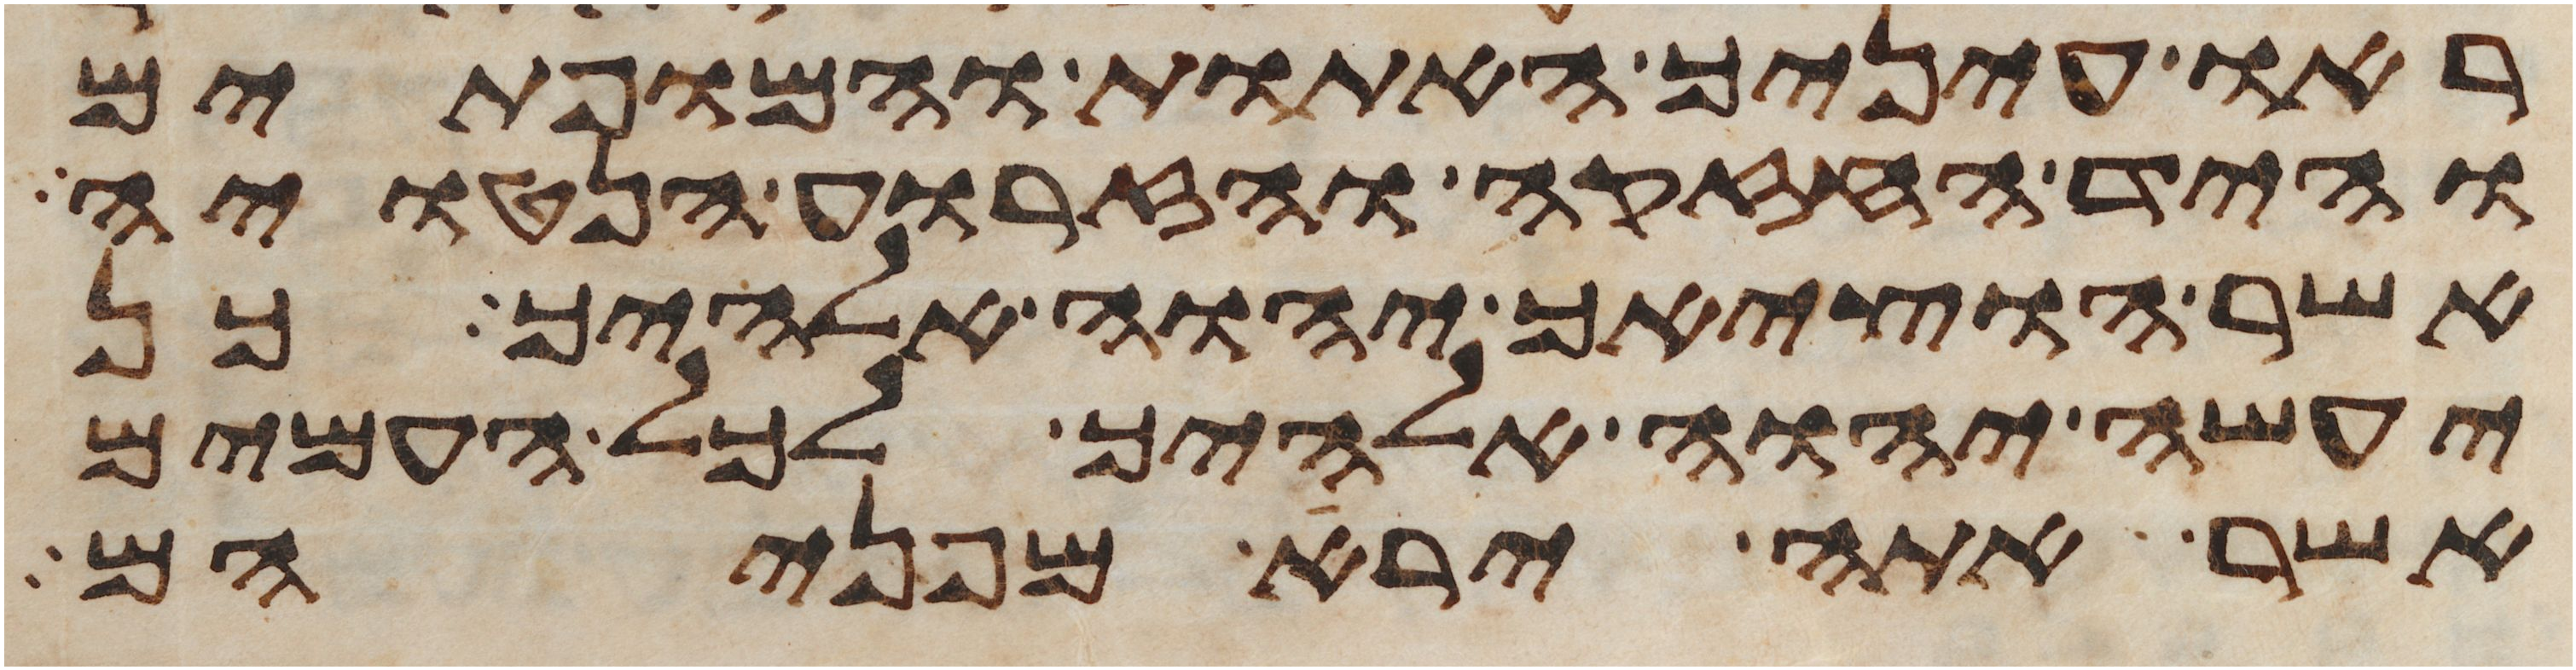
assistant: ראו עיניך האתות והמופתים
והיד החזקה והזרוע הנטויה
אשר הוציאך יהוה אלהיך כן
יעשה יהוה אלהיך לכל העמים
אשר אתה ירא מפניהם